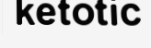
ketotic